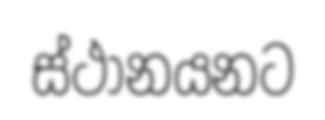
ස්ථානයනට